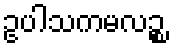
ဥပါသကမလဉ္စ